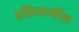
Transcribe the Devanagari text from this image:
प्रक्रियाशील